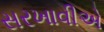
સરખાવીએ